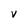
Character: V